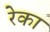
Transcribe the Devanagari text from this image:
रेका